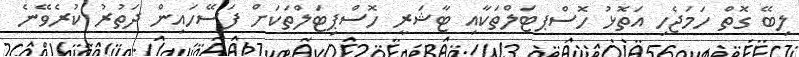
ލިބޭ ގޮތް ހަމަޖެހި އަތޮޅު ހޮސްޕޓަލްތަކާއި ޓާޝަރީ ހޮސްޕިޓަލްތަކަށް ފަސޭހައިން ދަތުރު ކުރެވޭނެ